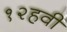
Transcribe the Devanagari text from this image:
१२हवीं